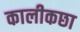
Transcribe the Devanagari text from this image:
कालीकछा